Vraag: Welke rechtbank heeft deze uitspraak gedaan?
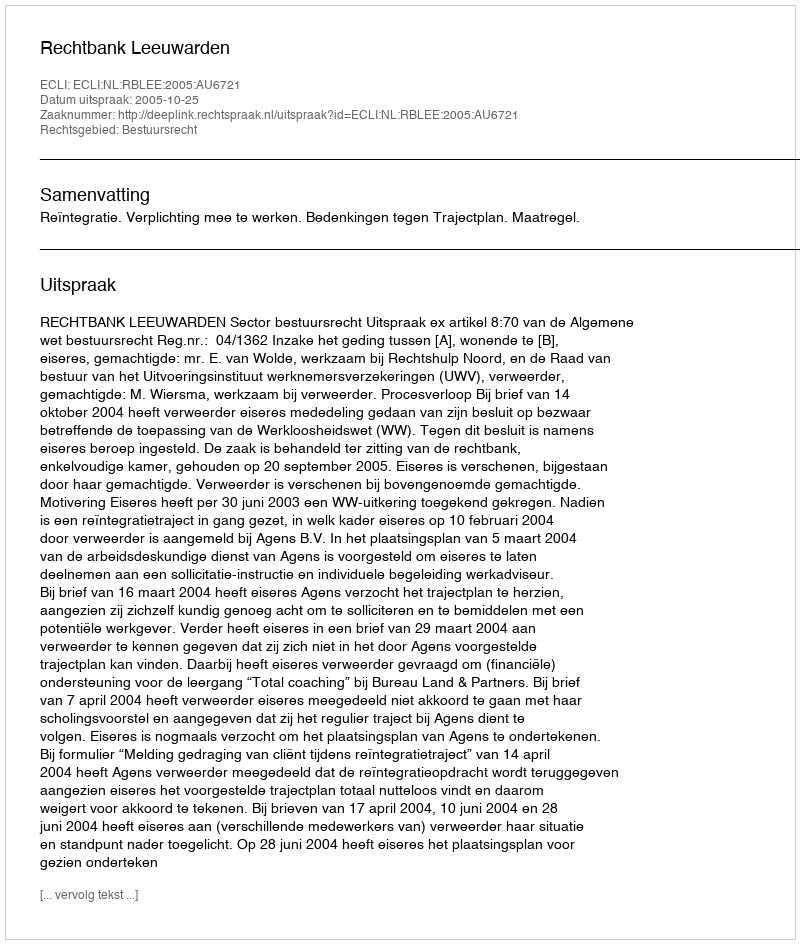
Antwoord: Rechtbank Leeuwarden